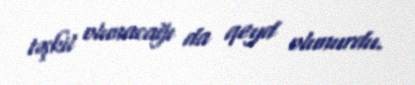
təşkil olunacağı da qeyd olunurdu.